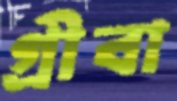
গ্রীবা